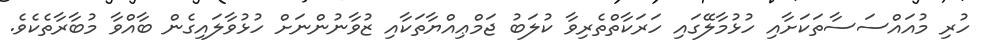
ހުރި މުއައްސަސާތަކަށާއި ހުޅުމާލޭގައި ހަރަކާތްތެރިވާ ކުލަބު ޖަމްޢިއްޔާތަކާއި ޒުވާނުންނަށް ހުޅުވާލައިގެން ބާއްވާ މުބާރާތެކެވެ.